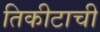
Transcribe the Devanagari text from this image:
तिकीटाची